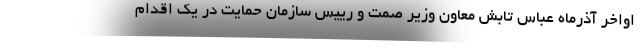
اواخر آذرماه عباس تابش معاون وزیر صمت و رییس سازمان حمایت در یک اقدام